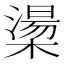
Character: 𪳷